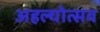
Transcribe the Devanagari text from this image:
अहल्योत्सव